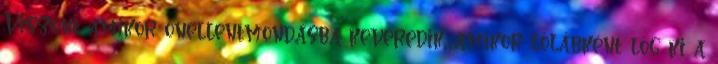
Viszont amikor önellentmondásba keveredik, amikor lólábként lóg ki a